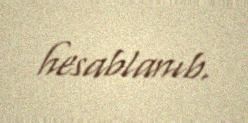
hesablanıb.